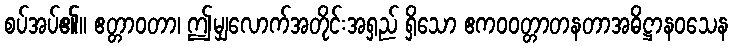
စပ်အပ်၏။ ဧတ္တာဝတာ၊ ဤမျှလောက်အတိုင်းအရှည် ရှိသော ဧကဝဝတ္တာတနတာအဓိဋ္ဌာနဝသေန